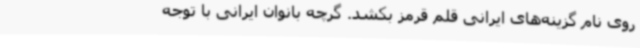
روی نام گزینه‌های ایرانی قلم قرمز بکشد. گرچه بانوان ایرانی با توجه